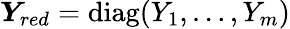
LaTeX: \boldsymbol{Y}_{red}=\operatorname{diag}(Y_{1},\dots,Y_{m})